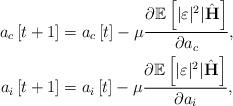
LaTeX: \begin{align*} a_c\left[t+1\right]&=a_c\left[t\right]-\mu\frac{\partial\mathbb{E}\left[\lvert\varepsilon\rvert^2|\hat{\mathbf{H}}^{}\right]}{\partial a_c},\\ a_i\left[t+1\right]&=a_i\left[t\right]-\mu\frac{\partial\mathbb{E}\left[\lvert\varepsilon\rvert^2|\hat{\mathbf{H}}^{}\right]}{\partial a_i}, \end{align*}